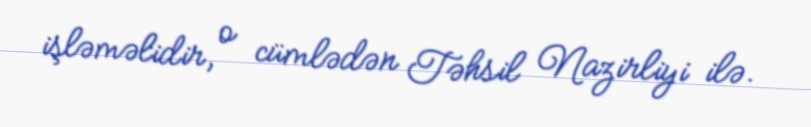
işləməlidir, o cümlədən Təhsil Nazirliyi ilə.